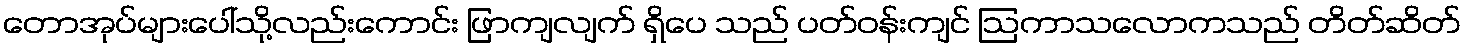
တောအုပ်များပေါ်သို့လည်းကောင်း ဖြာကျလျက် ရှိပေ သည် ပတ်ဝန်းကျင် ဩကာသလောကသည် တိတ်ဆိတ်